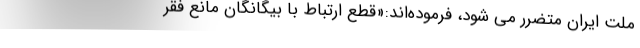
ملت ایران متضرر می شود، فرموده‌اند:«قطع ارتباط با بیگانگان مانع فقر